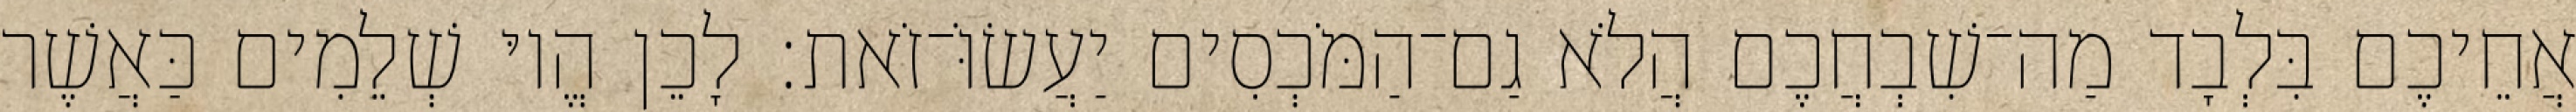
אֲחֵיכֶם בִּלְבָד מַה־שִׁבְחֲכֶם הֲלֹא גַם־הַמֹּכְסִים יַעֲשׂוֹּ־זֹאת׃ לָכֵן הֱיוּ שְׁלֵמִים כַּאֲשֶׁר